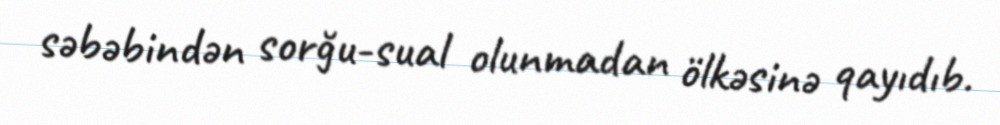
səbəbindən sorğu-sual olunmadan ölkəsinə qayıdıb.